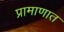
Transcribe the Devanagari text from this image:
प्रामाणात